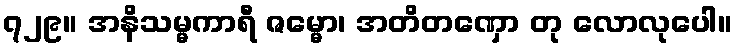
၇၂၉။ အနိသမ္မကာရီ ဇမ္မော၊ အတိတဏှော တု လောလုပေါ။